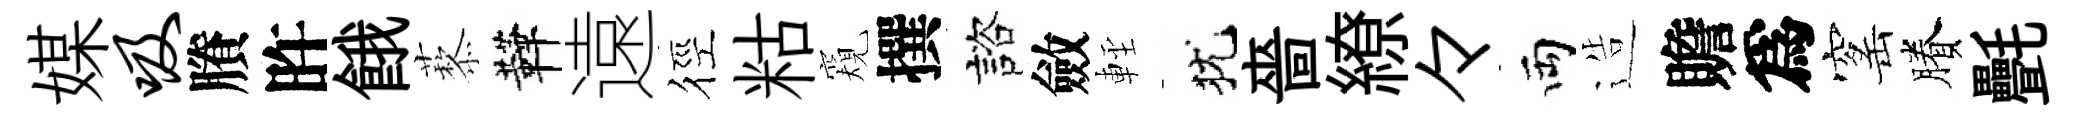
媒吸賸旿餓藜鞾遠徑䊀窺撰諮斂䡖犹嗇繚々両造贍爲窰賸㲲